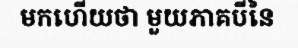
មកហើយថា មួយភាគបីនៃ